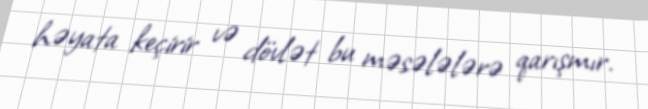
həyata keçirir və dövlət bu məsələlərə qarışmır.